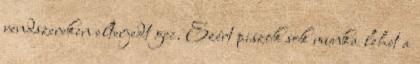
rendszereken elterjedt gcc. Ezért piszok sok munka lehet a